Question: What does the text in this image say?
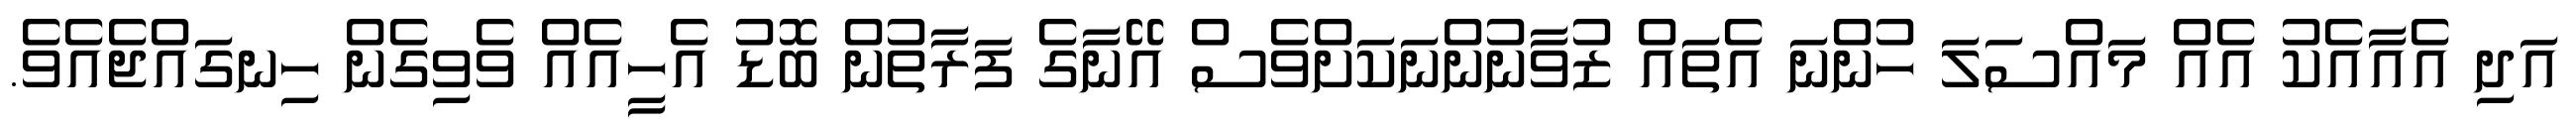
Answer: އަދި އެއާއެކު އެއް މައްސަލަ ހުންނަ އެތައް ޒުވާނުންނަކަށްވެސް އޭނާގެ ފަރާތުން ބޮޑު އެހީއެއް ވެވިގެން ހިނގައްޖެއެވެ.